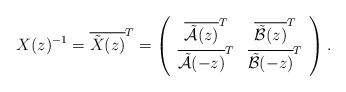
LaTeX: \begin{align*}X(z)^{-1} = \overline{ \tilde{X}(z) }^{T} = \left ( \begin{array}{cc} \overline{ \tilde{\mathcal{A}}(z) }^{T} & \overline{ \tilde{\mathcal{B}}(z) }^{T} \\\overline{ \tilde{\mathcal{A}}(-z) }^{T} & \overline{ \tilde{\mathcal{B}}(-z) }^{T} \\ \end{array} \right ) .\end{align*}